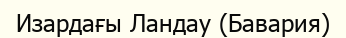
Изардағы Ландау (Бавария)